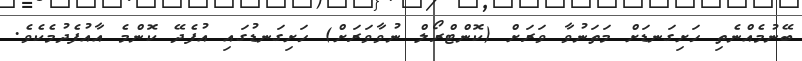
ބޭނުމެއްނެތި ހަށިގަނޑަށް މަތަނުވާ ވަރަށް (ކޮންޓްރޯލް ނުވާވަރަށް) ހަށިގަނޑުގައި އުފެދޭ ކޮންމެ އާއުފެދުމެކެވެ.